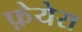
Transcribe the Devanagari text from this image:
फ़ेयेरा